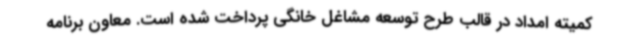
کمیته امداد در قالب طرح توسعه مشاغل خانگی پرداخت شده است. معاون برنامه